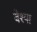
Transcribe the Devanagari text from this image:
वेश्‍या